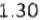
1.30